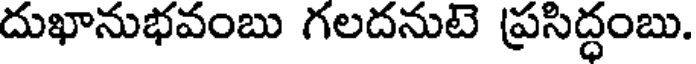
దుఖానుభవంబు గలదనుటె ప్రసిద్ధంబు.